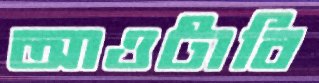
আওটাবি